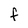
Character: F